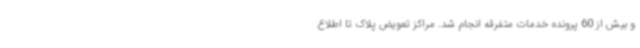
و بیش از 60 پرونده خدمات متفرقه انجام شد. مراکز تعویض پلاک تا اطلاع